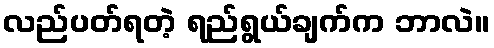
လည်ပတ်ရတဲ့ ရည်ရွယ်ချက်က ဘာလဲ။